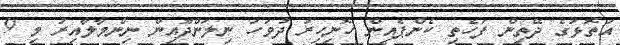
އަތޮޅުގެ ދޭތިން ފަހެތި ކެންޕެއިން ހޮނިހިރު ދުވަހު ނިލަންދޫއިން ނިންމާލާއިރު މި 9